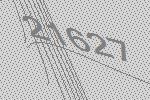
21627